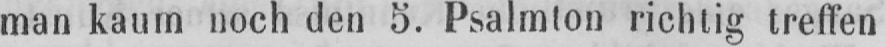
man kaum noch den 5. Psalmton richtig treffen